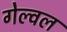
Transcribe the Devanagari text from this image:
गेल्वल